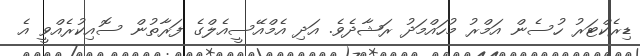
ޑިރެކްޓަރު ހުސެން އަމްރު މުހައްމަދު ރަޝާދެވެ. އަދި އެމްއޭސީއެލްގެ ފަރާތުން ސޮއިކުރެއްވީ އެ